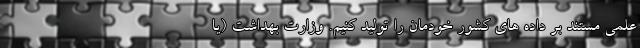
علمی مستند بر داده های کشور خودمان را تولید کنیم. وزارت بهداشت (یا